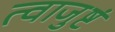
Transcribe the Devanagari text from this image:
त्वाजुष्टं